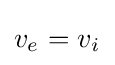
v_{e^{}}=v_{i^{}}